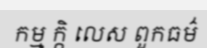
កម្ម ក្កិ លេស ពួកធម៌